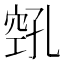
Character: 𫁎